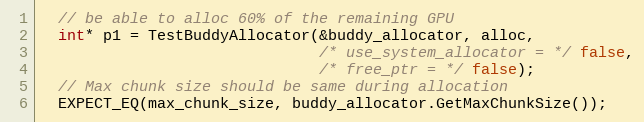
Language: C++
  // be able to alloc 60% of the remaining GPU
  int* p1 = TestBuddyAllocator(&buddy_allocator, alloc,
                               /* use_system_allocator = */ false,
                               /* free_ptr = */ false);
  // Max chunk size should be same during allocation
  EXPECT_EQ(max_chunk_size, buddy_allocator.GetMaxChunkSize());